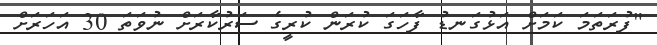
"ފުރަތަމަ ކަމަށް އަޅުގަނޑު ފާހަގަ ކުރަން ކުރީގެ ސަރުކާރަށް ނުވަތަ 30 އަހަރަށް